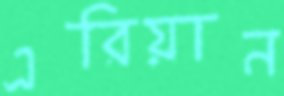
এরিয়ান